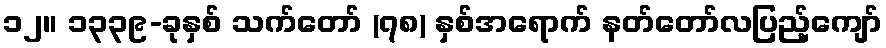
၁၂။ ၁၃၃၉-ခုနှစ် သက်တော် (၇၈) နှစ်အရောက် နတ်တော်လပြည့်ကျော်